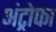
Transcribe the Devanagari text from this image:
अंट्रोफा